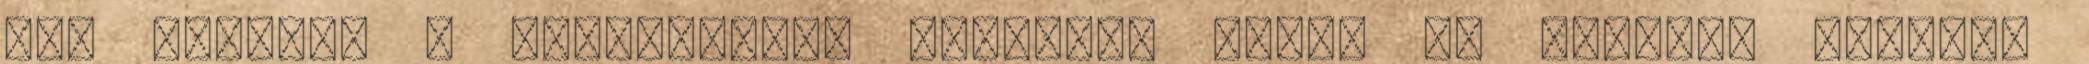
meg magában a vendéglátós álmokat: saját és sikeres üzletet